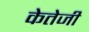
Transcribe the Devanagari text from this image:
केतेजी